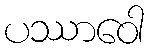
ပဿာဝေါ